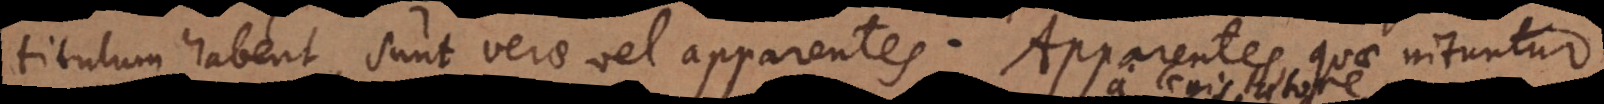
titulum habent, sunt verae vel apparentes. Apparentes, quae nituntur